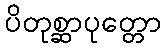
ပိတုစ္ဆာပုတ္တော